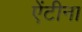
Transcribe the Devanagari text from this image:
ऐंटीना